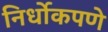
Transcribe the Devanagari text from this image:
निर्धोकपणे